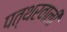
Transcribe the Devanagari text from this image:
पत्थरवाली